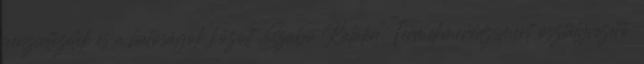
pénzintézetek és a hatóságok között Szabó Katalin Termékmenedzsment osztályvezető.